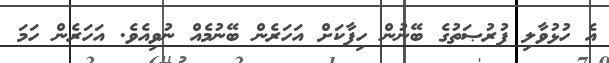
އެ ހުޅުވާލި ފުރުޞަތުގެ ބޭނުން ހިފާކަށް އަހަރެން ބޭނުމެއް ނުވިއެވެ. އަހަރެން ހަމަ